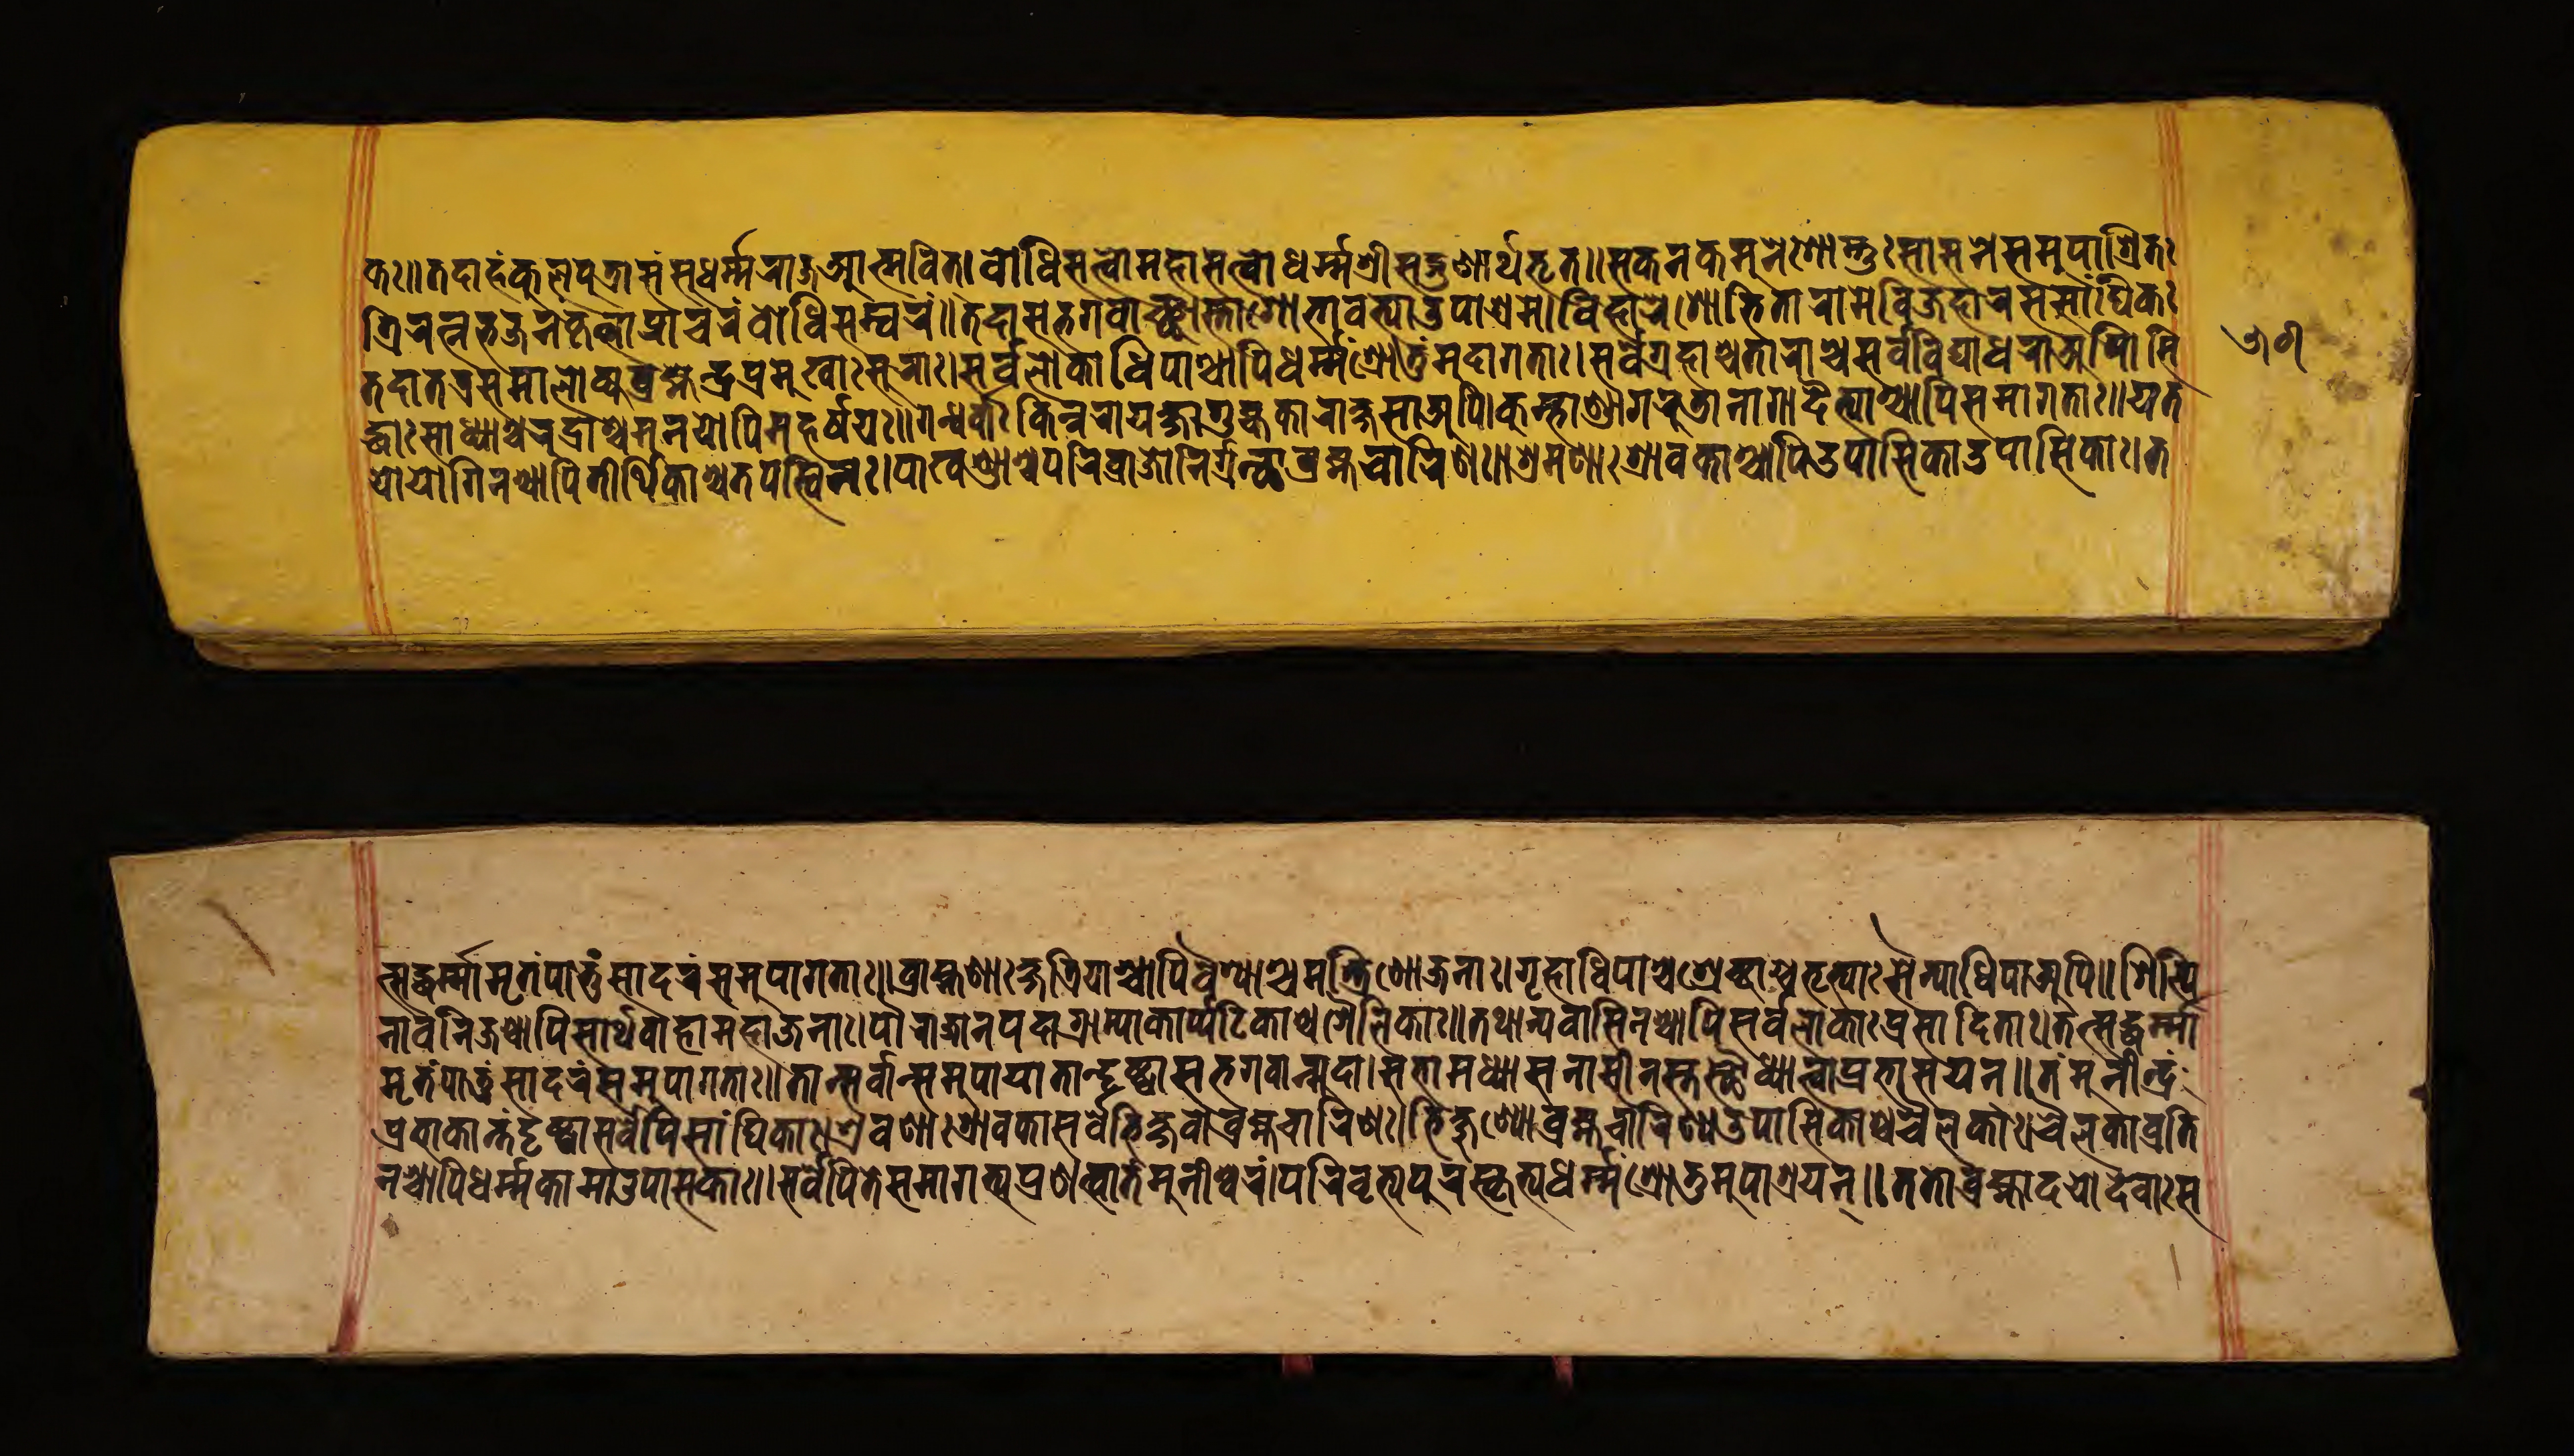
𑐎𑑅॥𑐟𑐡𑐵𑐴𑑄𑐎𑐸𑐮𑐥𑐸𑐟𑑂𑐬𑑀𑐳𑐳𑐸𑐢𑐬𑑂𑐩𑑂𑐩𑐵𑐏𑑂𑐫𑐁𑐟𑑂𑐩𑐰𑐶𑐟𑑂।𑐧𑑀𑐢𑐶𑐳𑐟𑑂𑐟𑑂𑐰𑑀𑐩𑐴𑐵𑐳𑐟𑑂𑐟𑑂𑐰𑑀𑐢𑐬𑑂𑐩𑑂𑐩𑐱𑑂𑐬𑐷𑐳𑐡𑑂𑐐𑐸𑐞𑐵𑐬𑑂𑐠𑐨𑐺𑐟𑑂॥𑐳𑐎𑐣𑐎𑐩𑐸𑐣𑐾𑑅𑐱𑐵𑐳𑑂𑐟𑐸𑑅𑐱𑐵𑐳𑐣𑐾𑐳𑐩𑐸𑐥𑐵𑐱𑑂𑐬𑐶𑐟𑑅 𑐟𑑂𑐬𑐶𑐬𑐟𑑂𑐣𑐨𑐖𑐣𑑄𑐎𑐺𑐟𑑂𑐰𑐵𑑅𑐥𑑂𑐬𑐵𑐔𑐬𑐩𑑂𑐧𑑀𑐢𑐶𑐳𑑄𑐰𑐬𑑄॥𑐫𑐡𑐵𑐔𑐨𑐐𑐰𑐵𑐘𑑂𑐕𑐵𑐳𑑂𑐟𑐵𑐱𑑀𑐨𑐵𑐰𑐟𑑂𑐫𑐵𑐄𑐥𑐵𑐱𑑂𑐬𑐩𑐾।𑐰𑐶𑐴𑐵𑐬𑐾𑐱𑑀𑐨𑐶𑐟𑐵𑐬𑐵𑐩𑐾𑐰𑐶𑐖𑐴𑐵𑐬𑐳𑐳𑐵𑑄𑐑𑐶𑐎𑑅 𑐟𑐡𑐵𑐟𑐟𑑂𑐬𑐳𑐨𑐵𑐮𑑀𑐎𑐾𑐧𑑂𑐬𑐴𑑂𑐩𑐾𑐣𑑂𑐡𑑂𑐬𑐥𑑂𑐬𑐩𑐸𑐏𑐵𑑅𑐳𑐸𑐬𑐵𑑅।𑐳𑐬𑑂𑐰𑐮𑑀𑐎𑐵𑐢𑐶𑐥𑐵𑐱𑑂𑐔𑐵𑐥𑐶𑐢𑐬𑑂𑐩𑑂𑐩𑑄𑐱𑑂𑐬𑑀𑐟𑐸𑐩𑐸𑐡𑐵𑐐𑐟𑐵𑑅।𑐳𑐬𑑂𑐰𑐾𑐐𑑂𑐬𑐴𑐵𑐱𑑂𑐔𑐟𑐵𑐬𑐵𑐱𑑂𑐔𑐳𑐬𑑂𑐰𑐵𑐰𑐶𑐡𑑂𑐫𑐵𑐢𑐬𑐵𑐀𑐥𑐶।𑐳𑐶 𑐡𑑂𑐢𑐵𑑅𑐳𑐵𑐢𑑂𑐫𑐵𑐱𑑂𑐔𑐬𑐸𑐡𑑂𑐬𑐵𑐱𑑂𑐔𑐩𑐸𑐣𑐫𑑀𑐥𑐶𑐩𑐴𑐬𑑂𑐲𑐫𑑅॥𑐐𑐣𑑂𑐢𑐬𑑂𑐰𑐵𑑅𑐎𑐶𑐣𑑂𑐣𑐬𑐵𑐫𑐎𑑂𑐲𑐵𑐐𑐸𑐴𑑂𑐫𑐎𑐵𑐬𑐵𑐎𑑂𑐲𑐳𑐵𑐀𑐥𑐶।𑐎𑐸𑐩𑑂𑐨𑐵𑐞𑑂𑐜𑐵𑐐𑐬𑐸𑐜𑐵𑐣𑐵𑐐𑐵𑐡𑐿𑐟𑑂𑐫𑐵𑐱𑑂𑐔𑐵𑐥𑐶𑐳𑐩𑐵𑐐𑐟𑐵𑑅॥𑐫𑐟 𑐫𑑀𑐫𑑀𑐐𑐶𑐣𑐱𑑂𑐔𑐵𑐥𑐶𑐟𑐷𑐬𑑂𑐠𑐶𑐎𑐵𑐱𑑂𑐔𑐟𑐥𑐳𑑂𑐰𑐶𑐣𑑅।𑐥𑐵𑐏𑐞𑑂𑐜𑐵𑐱𑑂𑐔𑐥𑐬𑐶𑐰𑑂𑐬𑐵𑐖𑐎𑑀𑐣𑐶𑐬𑑂𑐐𑑂𑐬𑐣𑑂𑐠𑐵𑐧𑑂𑐬𑐴𑑂𑐩𑐔𑐵𑐬𑐶𑐞𑑅॥𑐱𑑂𑐬𑐩𑐞𑐵𑑅𑐱𑑂𑐬𑐵𑐰𑐎𑐵𑐱𑑂𑐔𑐵𑐥𑐶𑐰𑑂𑐬𑐟𑐶𑐣𑐱𑑂𑐔𑐵𑐥𑑂𑐫𑐸𑐥𑐵𑐳𑐎𑐵𑑅।𑐟 𑐟𑑂𑐳𑐡𑑂𑐢𑐬𑑂𑐩𑑂𑐩𑐵𑐩𑐺𑐟𑑄𑐥𑐵𑐟𑐸𑑄𑐳𑐵𑐡𑐬𑑄𑐳𑐩𑐸𑐥𑐵𑐐𑐟𑐵𑑅॥𑐧𑑂𑐬𑐵𑐴𑑂𑐩𑐞𑐵𑐎𑑂𑐲𑐟𑑂𑐬𑐶𑐫𑐵𑐱𑑂𑐔𑐵𑐥𑐶𑐰𑐿𑐱𑑂𑐫𑐵𑐱𑑂𑐔𑐩𑐣𑑂𑐟𑑂𑐬𑐶𑐞𑑀𑐖𑐣𑐵𑑅।𑐐𑐺𑐴𑐵𑐢𑐶𑐥𑐵𑐱𑑂𑐔𑐱𑑂𑐬𑐾𑐲𑑂𑐚𑐵𑐱𑑂𑐔𑑅𑐨𑐺𑐟𑑂𑐫𑐵𑑅𑐳𑐿𑐣𑑂𑐫𑐵𑐢𑐶𑐥𑐵𑐀𑐥𑐶॥𑐱𑐶𑐮𑑂𑐥𑐶 𑐣𑑀𑐰𑐞𑐶𑐖𑐱𑑂𑐔𑐵𑐥𑐶𑐳𑐵𑐬𑑂𑐠𑐰𑐵𑐴𑐵𑐩𑐴𑐵𑐖𑐣𑐵𑑅।𑐥𑑁𑐬𑐵𑐖𑐵𑐣𑐥𑐡𑐵𑐐𑑂𑐬𑐵𑐩𑑂𑐫𑐵𑑅𑐎𑐵𑐬𑑂𑐥𑐚𑐶𑐎𑐵𑐱𑑂𑐔𑐱𑐿𑐬𑐶𑐎𑐵𑑅॥𑐟𑐠𑐵𑐣𑑂𑐫𑐰𑐵𑐳𑐶𑐣𑐱𑑂𑐔𑐵𑐥𑐶𑐳𑐬𑑂𑐰𑐮𑑀𑐎𑐵𑑅𑐥𑑂𑐬𑐳𑐵𑐡𑐶𑐟𑐵𑑅।𑐟𑐟𑑂𑐳𑐡𑑂𑐢𑐬𑑂𑐩𑑂𑐩𑐵 𑐩𑐺𑐟𑑄𑐥𑐵𑐟𑐸𑑄𑐳𑐵𑐡𑐬𑑄𑐳𑐩𑐸𑐥𑐵𑐐𑐟𑐵𑑅॥𑐟𑐵𑐣𑑂𑐳𑐬𑑂𑐰𑐵𑐣𑑂𑐳𑐩𑐸𑐥𑐵𑐫𑐵𑐟𑐵𑐣𑑂𑐡𑐺𑐲𑑂𑐚𑑂𑐰𑐵𑐳𑐨𑐐𑐰𑐵𑐣𑑂𑐩𑐸𑐡𑐵।𑐳𑐨𑐵𑐩𑐢𑑂𑐫𑐵𑐳𑐣𑐵𑐳𑐷𑐣𑐳𑑂𑐟𑐳𑑂𑐠𑑁𑐢𑑂𑐫𑐵𑐟𑑂𑐰𑐵𑐥𑑂𑐬𑐨𑐵𑐳𑐫𑐣𑑂॥𑐟𑑄𑐩𑐸𑐣𑐷𑐣𑑂𑐡𑑂𑐬𑑄 𑐥𑑂𑐬𑐨𑐵𑐎𑐵𑐣𑑂𑐟𑑄𑐡𑐺𑐲𑑂𑐚𑑂𑐰𑐵𑐳𑐬𑑂𑐰𑐾𑐥𑐶𑐳𑐵𑑄𑐢𑐶𑐎𑐵𑑅।𑐱𑑂𑐬𑐰𑐞𑐵𑑅𑐱𑑂𑐬𑐵𑐰𑐎𑐵𑑅𑐳𑐬𑑂𑐰𑐾𑐨𑐶𑐎𑑂𑐲𑐰𑑀𑐧𑑂𑐬𑐴𑑂𑐩𑐔𑐵𑐬𑐶𑐞𑑅।𑐨𑐶𑐎𑑂𑐲𑐸𑐞𑑂𑐫𑑀𑐧𑑂𑐬𑐴𑑂𑐩𑐔𑐵𑐬𑐶𑐞𑑂𑐫𑑀𑐄𑐥𑐵𑐳𑐶𑐎𑐵𑐱𑑂𑐔𑐔𑐿𑐮𑐶𑐎𑐵𑑅।𑐔𑐿𑐮𑐎𑐵𑐰𑑂𑐬𑐟𑐶 𑐣𑐱𑑂𑐔𑐵𑐥𑐶𑐢𑐬𑑂𑐩𑐎𑐵𑐩𑐵𑐄𑐥𑐵𑐳𑐎𑐵𑑅॥𑐳𑐬𑑂𑐰𑐾𑐥𑐶𑐟𑐾𑐳𑐩𑐵𑐐𑐟𑑂𑐫𑐥𑑂𑐬𑐞𑐟𑑂𑐰𑐵𑐟𑑄𑐩𑐸𑐣𑐷𑐱𑑂𑐰𑐬𑑄।𑐥𑐬𑐶𑐰𑐺𑐟𑑂𑐫𑐥𑐬𑐶𑐳𑑂𑐎𑐺𑐟𑑂𑐫𑐢𑐬𑑂𑐩𑑂𑐩𑐱𑑂𑐬𑑀𑐟𑐸𑐩𑐸𑐥𑐵𑐱𑑂𑐬𑐫𑐣𑑂॥𑐟𑐟𑑀𑐧𑑂𑐬𑐴𑑂𑐩𑐡𑐫𑑀𑐡𑐾𑐰𑐵𑑅𑐳 𑑕𑑖